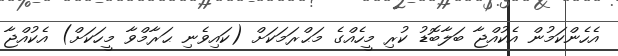
އެހެންކަމުން އެކުއްޖާ ބަލާބޮޑު ކުރި މީހެއްގެ މަޙްރަމަކަށް (ކައިވެނި ޙަރާމްވާ މީހަކަށް) އެކުއްޖާ